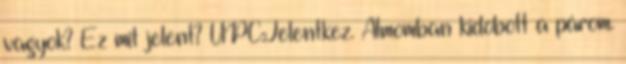
vagyok? Ez mit jelent? UPC:Jelentkez. Álmomban kidobott a párom.